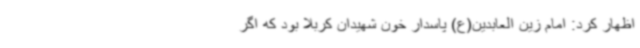
اظهار کرد: امام زین العابدین(ع) پاسدار خون شهیدان کربلا بود که اگر